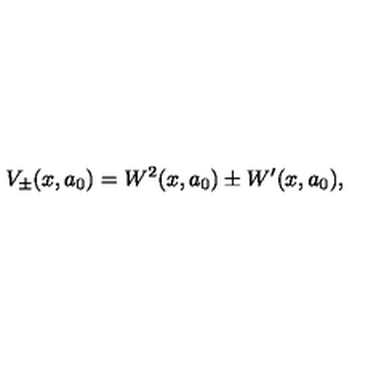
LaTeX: V _ { \pm } ( x , a _ { 0 } ) = W ^ { 2 } ( x , a _ { 0 } ) \pm W ^ { \prime } ( x , a _ { 0 } ) ,